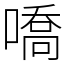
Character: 嘺